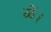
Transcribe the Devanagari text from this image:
ळें।